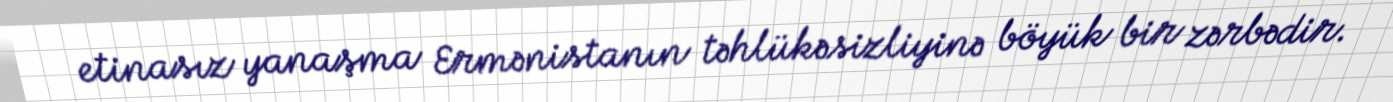
etinasız yanaşma Ermənistanın təhlükəsizliyinə böyük bir zərbədir.